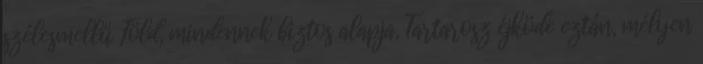
szélesmellű Föld, mindennek biztos alapja, Tartarosz éjköde eztán, mélyen